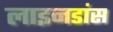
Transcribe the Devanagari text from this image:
लाइनडांस